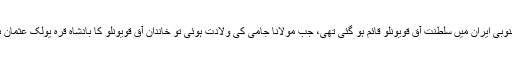
1378ء میں جنوبی ایران میں سلطنت آق قویونلو قائم ہو گئی تھی، جب مولانا جامی کی ولادت ہوئی تو خاندان آق قویونلو کا بادشاہ قرہ یولک عثمان برسر اِقتدار تھا۔